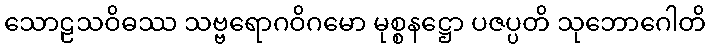
သောဠသဝိဓဿ သဗ္ဗရောဂဝိဂမော မုစ္စနဋ္ဌော ပဇပ္ပတိ သုဘောဂေါတိ